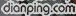
dianping.com